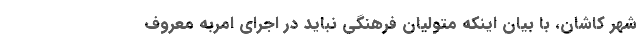
شهر کاشان، با بیان اینکه متولیان فرهنگی نباید در اجرای امربه معروف